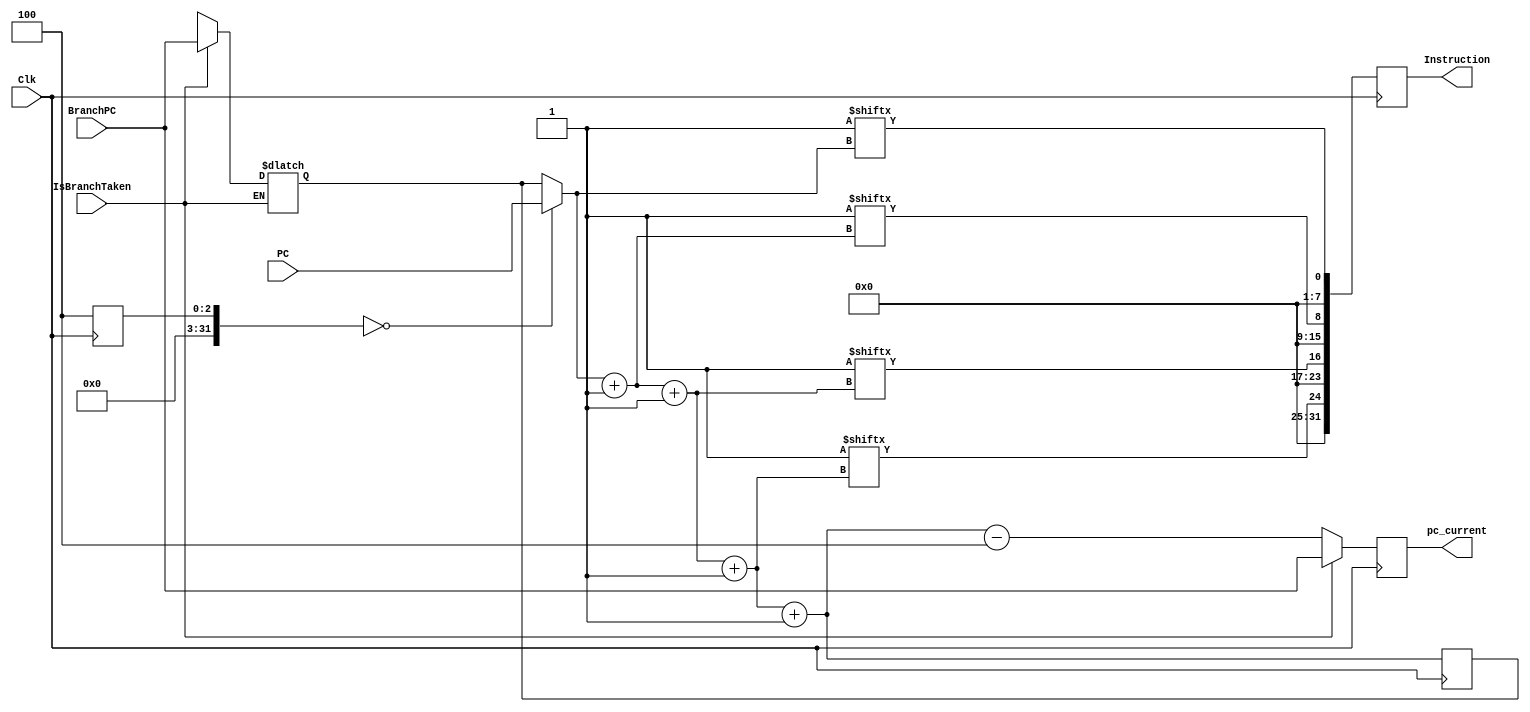
module IF(
          input [31:0]PC,
          input Clk,
          input IsBranchTaken,
          input [31:0] BranchPC,
          output [31:0] pc_current,
          output [31:0] Instruction
         );

wire [31:0] BranchPC,PC;
wire Clk,IsBranchTaken;
reg [31:0] Instruction;
reg [31:0] pc_current,pc_temp;
integer hal,ind = 0;

//-------------------------------------------------------------------------

                     
                     always @(negedge Clk )
                     begin
                     if( ind == 0)
                     begin
                     
                     pc_temp = PC;
                     pc_current = PC;
                     end
                     for (ind = 0;ind < 4;ind = ind + 1 )
                     begin
                     Instruction[8*ind +: 8] = P.M1.Mem[pc_temp];
                     pc_temp = pc_temp + 1;
                     end
                     
                     if(IsBranchTaken == 1)
                     begin
                     pc_current = BranchPC;
                     end
                     else
                     begin
                     pc_current = pc_temp - 4;
                     end
                                        
                     
                     end
                     
                     
                     
                     always @( IsBranchTaken )
                     begin                                                 // Waiting for IsBranchTaken Signal From Ex.
                     if (IsBranchTaken == 1)
                     begin
                     pc_temp = BranchPC;
                     end
                     else if ( IsBranchTaken == 0)
                     begin
                     pc_temp = pc_temp;
                     end
                                           
                     end
                     
endmodule